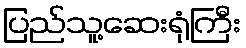
ပြည်သူ့ဆေးရုံကြီး